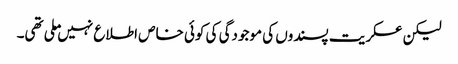
لیکن عسکریت پسندوں کی موجودگی کی کوئی خاص اطلاع نہیں ملی تھی۔